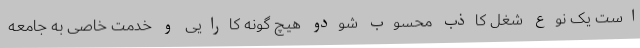
است یک نوع شغل کاذب محسوب شودو هیچ گونه کارایی و خدمت خاصی به جامعه